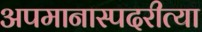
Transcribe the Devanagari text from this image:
अपमानास्पदरीत्या